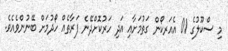
މި ސްކޫލުގެ 01 އެއަރކޯން ގަތުމަށާއި އަދި ހަރުކޮށްދޭނެ ފަރާތެއް ހޯދުމަށް ބޭނުންވެއެވެ.